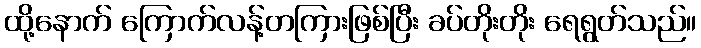
ထို့နောက် ကြောက်လန့်တကြားဖြစ်ပြီး ခပ်တိုးတိုး ရေရွတ်သည်။